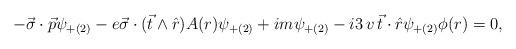
LaTeX: \begin{align*}-\vec{\sigma} \cdot \vec{p} \psi_{+(2)} - e \vec{\sigma} \cdot (\vec{t} \wedge \hat{r}) A(r) \psi_{+(2)} +im \psi_{+(2)} -i 3 \, v \, \vec{t} \cdot \hat{r} \psi_{+(2)} \phi(r) = 0,\end{align*}